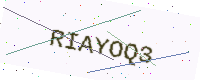
Text: RIAYOQ3